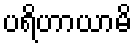
ပရိဟာယာမိ